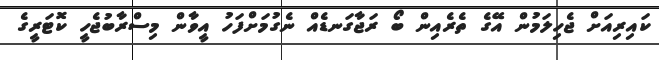
ކައިރިއަށް ޖެހިލަމުން އޭގެ ތެރެއިން ބޯ ރަޖާގަނޑެއް ނެގުމަށްފަހު އީވާން މިސްރާބުޖެހީ ކޮޓަރީގެ